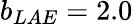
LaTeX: b_{LAE}=2.0